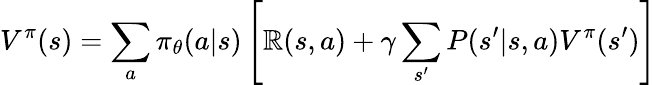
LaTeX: V^{\pi}(s)=\sum_{a}\pi_{\theta}(a|s)\left[\mathbb{R}(s,a)+\gamma\sum_{s^{\prime}}P(s^{\prime}|s,a)V^{\pi}(s^{\prime})\right]